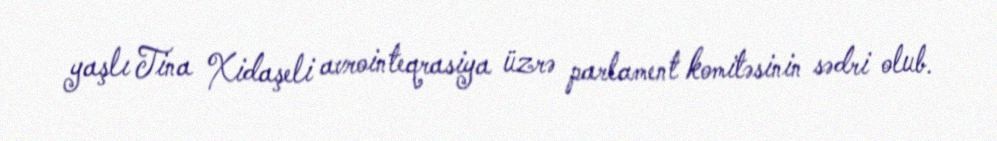
yaşlı Tina Xidaşeli avrointeqrasiya üzrə parlament komitəsinin sədri olub.